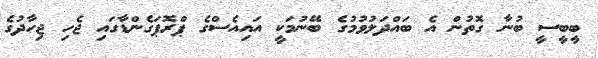
ބީބީސީ ބުނާ ގޮތުން އެ ބައްދަލުވުމުގެ ބޭނުމަކީ އައިއެސްގެ ޕްރޮޕަގެންޑާގައި ޖެހި ޖިހާދުގެ